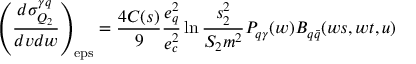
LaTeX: \left( \frac { d \sigma _ { Q _ { 2 } } ^ { \gamma q } } { d v d w } \right) _ { \mathrm { e p s } } = \frac { 4 C ( s ) } { 9 } \frac { e _ { q } ^ { 2 } } { e _ { c } ^ { 2 } } \ln \frac { s _ { 2 } ^ { 2 } } { S _ { 2 } m ^ { 2 } } P _ { q \gamma } ( w ) B _ { q \bar { q } } ( w s , w t , u )